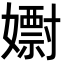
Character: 𡣋